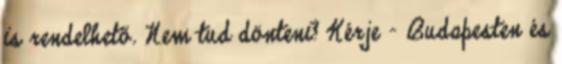
is rendelhető. Nem tud dönteni? Kérje - Budapesten és